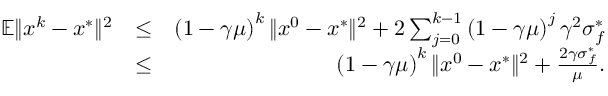
\begin{array} { r l r } { \mathbb { E } \| x ^ { k } - x ^ { * } \| ^ { 2 } } & { \leq } & { \left( 1 - \gamma \mu \right) ^ { k } \| x ^ { 0 } - x ^ { * } \| ^ { 2 } + 2 \sum _ { j = 0 } ^ { k - 1 } \left( 1 - \gamma \mu \right) ^ { j } \gamma ^ { 2 } \sigma _ { f } ^ { * } } \\ & { \leq } & { \left( 1 - \gamma \mu \right) ^ { k } \| x ^ { 0 } - x ^ { * } \| ^ { 2 } + \frac { 2 \gamma \sigma _ { f } ^ { * } } { \mu } . } \end{array}